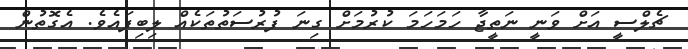
ޗެލްސީ އަށް ވަނީ ނަތީޖާ ހަމަހަމަ ކުރުމަށް ގިނަ ފުރުސަތުތަކެއް ލިބިފައެވެ. އެގޮތުން